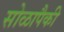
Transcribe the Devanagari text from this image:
सोळापैकी